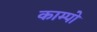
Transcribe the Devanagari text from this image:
काम्पो